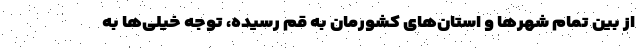
از بین تمام شهرها و استان‌های کشورمان به قم رسیده، توجه خیلی‌ها به